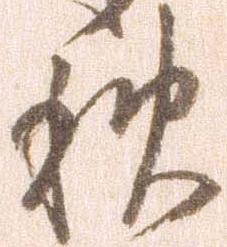
秋